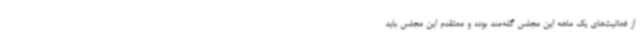
از فعالیت‌های یک ماهه این مجلس گله‌مند بوده و معتقدم این مجلس باید